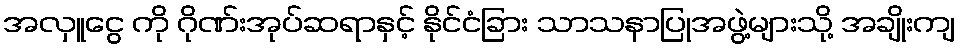
အလှူငွေ ကို ဂိုဏ်းအုပ်ဆရာနှင့် နိုင်ငံခြား သာသနာပြုအဖွဲ့များသို့ အချိုးကျ